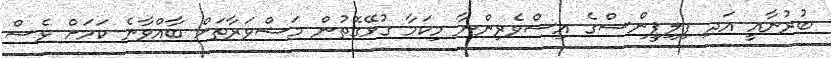
ބުރުނާއީ އަދި ފިލިޕީންސްގެ އިސްވެރިންނާ މިކަމާ ގުޅޭގޮތުން މަޝްވަރާތަށް ބާއްވާނެ ކަމަށް ވެސް